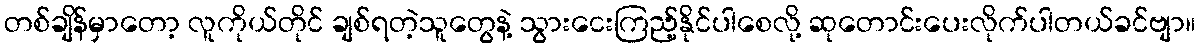
တစ်ချိန်မှာတော့ လူကိုယ်တိုင် ချစ်ရတဲ့သူတွေနဲ့ သွားငေးကြည့်နိုင်ပါစေလို့ ဆုတောင်းပေးလိုက်ပါတယ်ခင်ဗျာ။